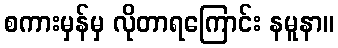
စကားမှန်မှ လိုတာရကြောင်း နမူနာ။